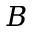
B